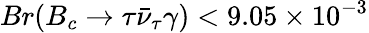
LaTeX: Br(B_{c}\to\tau\bar{\nu}_{\tau}\gamma)<9.05\times 10^{-3}